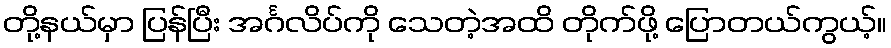
တို့နယ်မှာ ပြန်ပြီး အင်္ဂလိပ်ကို သေတဲ့အထိ တိုက်ဖို့ ပြောတယ်ကွယ့်။